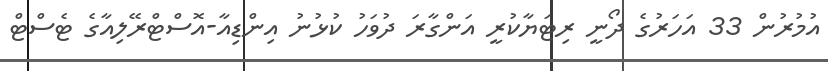
އުމުރުން 33 އަހަރުގެ ދޯނީ ރިޓަޔާކުރީ އަންގާރަ ދުވަހު ކުޅުނު އިންޑިއާ-އޮސްޓްރޭލިއާގެ ޓެސްޓް